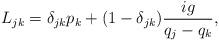
LaTeX: \begin{align*}L_{jk} =\delta_{jk} p_k +(1-\delta_{jk})\frac{ig}{q_j-q_k},\end{align*}